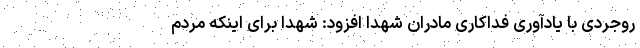
روجردی با یادآوری فداکاری مادران شهدا افزود: شهدا برای اینکه مردم